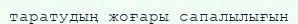
таратудың жоғары сапалылығын